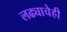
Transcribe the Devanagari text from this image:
लढ्याचेही